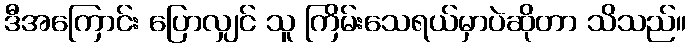
ဒီအကြောင်း ပြောလျှင် သူ ကြိမ်းသေရယ်မှာပဲဆိုတာ သိသည်။